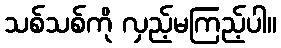
သစ်သစ်ကို လှည့်မကြည့်ပါ။